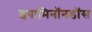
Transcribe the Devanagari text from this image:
इपामिनॉनडॉस